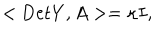
< \mathrm { D e t } Y , A > = \kappa I ,